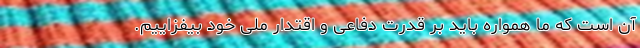
آن است که ما همواره باید بر قدرت دفاعی و اقتدار ملی خود بیفزاییم.